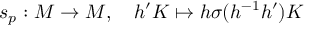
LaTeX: s _ { p } : M \to M , \quad h ^ { \prime } K \mapsto h \sigma ( h ^ { - 1 } h ^ { \prime } ) K